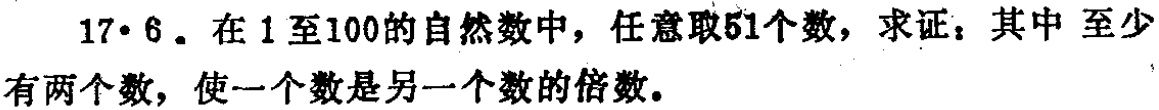
17·6. 在1至100的自然数中，任意取51个数，求证：其中至少有两个数，使一个数是另一个数的倍数。